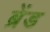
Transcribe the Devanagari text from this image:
ब्रेंड